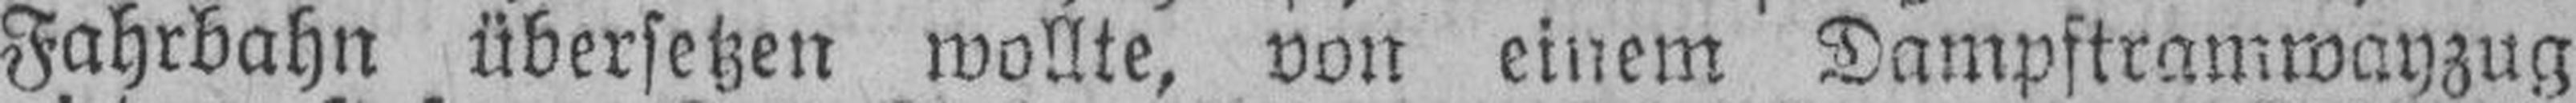
Fahrbahn übersetzen wollte, von einem Dampftramwayzug